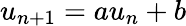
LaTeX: u_{n+1}=au_{n}+b